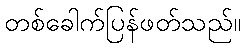
တစ်ခေါက်ပြန်ဖတ်သည်။